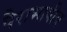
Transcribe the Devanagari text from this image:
पैराभाषीय